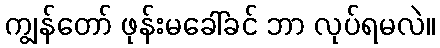
ကျွန်တော် ဖုန်းမခေါ်ခင် ဘာ လုပ်ရမလဲ။